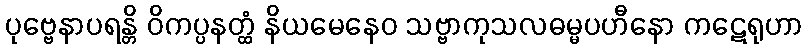
ပုဗ္ဗေနာပရန္တိ ဝိကပ္ပနတ္ထံ နိယမေနေဝ သဗ္ဗာကုသလဓမ္မပဟီနော ကဋေရုဟာ